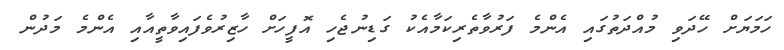
ހަމަޔަށް ހޭދަވި މުއްދަތުގައި އެންމެ ފަރުވާތެރިކަމާއެކު ގަޑިނުޖެހި އޮފީހަށް ހާޒިރުވެފައިވާތީއާއި އެންމެ މަދުން